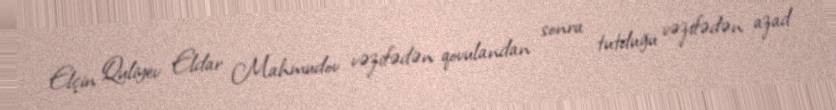
Elçin Quliyev Eldar Mahmudov vəzifədən qovulandan sonra tutduğu vəzifədən azad